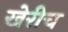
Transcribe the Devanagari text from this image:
खेरीच